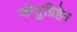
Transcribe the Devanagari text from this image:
जोतुग्रिहेर